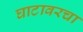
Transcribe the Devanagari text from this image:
घाटावरचा